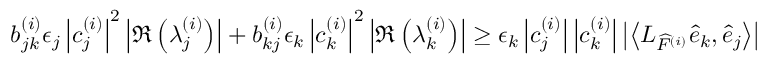
b _ { j k } ^ { ( i ) } \epsilon _ { j } \left| c _ { j } ^ { ( i ) } \right| ^ { 2 } \left| \Re \left( \lambda _ { j } ^ { ( i ) } \right) \right| + b _ { k j } ^ { ( i ) } \epsilon _ { k } \left| c _ { k } ^ { ( i ) } \right| ^ { 2 } \left| \Re \left( \lambda _ { k } ^ { ( i ) } \right) \right| \geq \epsilon _ { k } \left| c _ { j } ^ { ( i ) } \right| \left| c _ { k } ^ { ( i ) } \right| \left| \left\langle L _ { \widehat { F } ^ { ( i ) } } \widehat { e } _ { k } , \widehat { e } _ { j } \right\rangle \right|